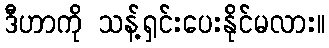
ဒီဟာကို သန့်ရှင်းပေးနိုင်မလား။